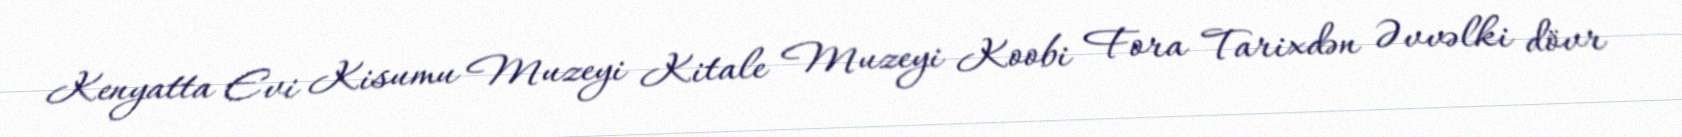
Kenyatta Evi Kisumu Muzeyi Kitale Muzeyi Koobi Fora Tarixdən Əvvəlki dövr